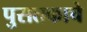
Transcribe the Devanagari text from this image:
पुसतकाचे